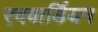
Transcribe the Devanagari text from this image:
एदवार्डियन